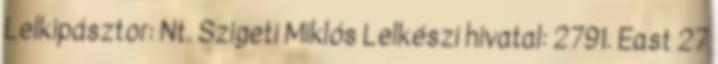
Lelkipásztor: Nt. Szigeti Miklós Lelkészi hivatal: 2791. East 27